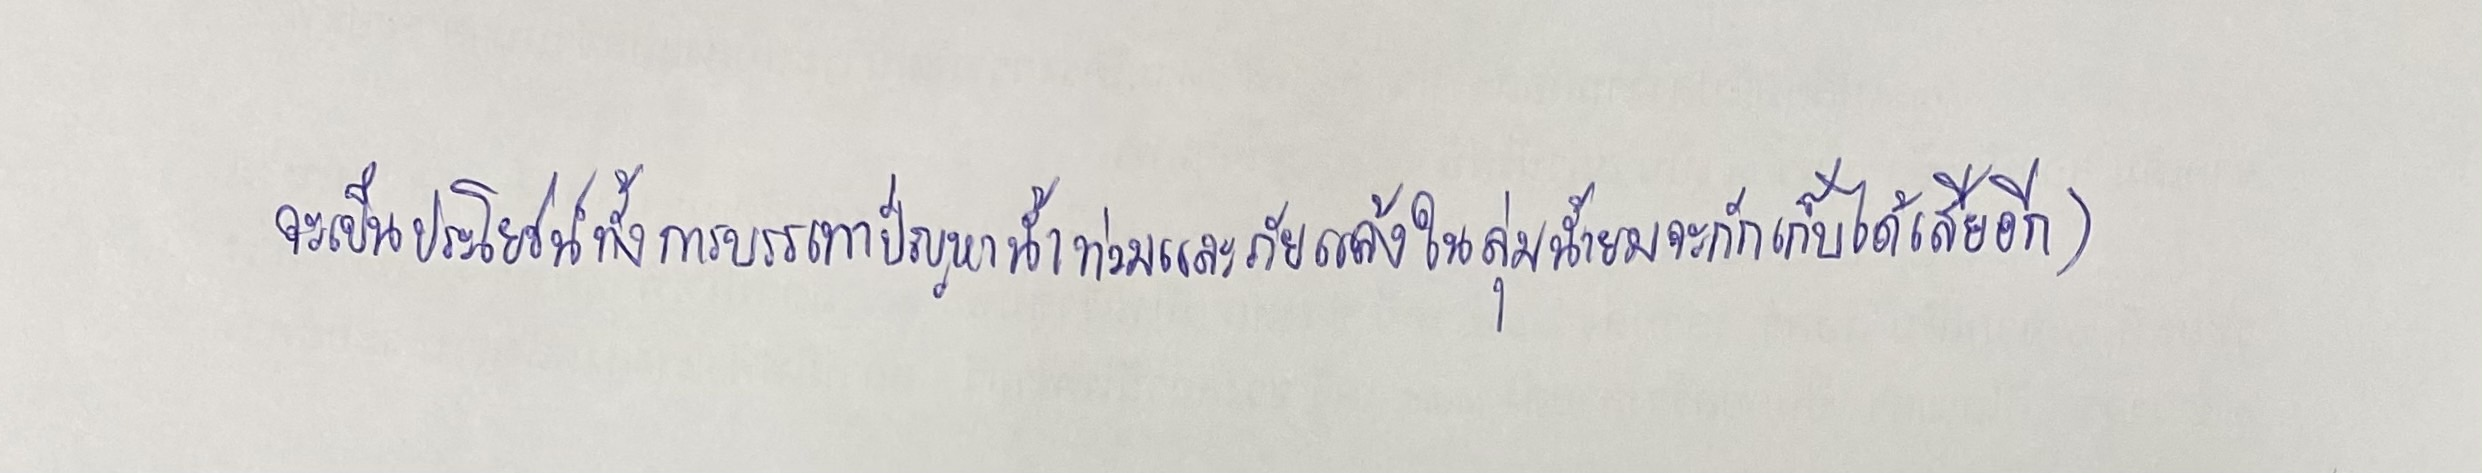
จะเป็นประโยชน์ทั้งการบรรเทาปัญหาน้ำท่วมและภัยแล้งในลุ่มน้ำยมจะกักเก็บได้เสียอีก)